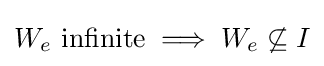
W_{e}{\text{ infinite}}\implies W_{e}\not \subseteq I